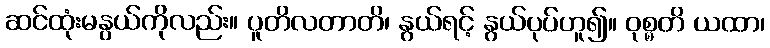
ဆင်ထုံးမနွယ်ကိုလည်း။ ပူတိလတာတိ၊ နွယ်ရင့် နွယ်ပုပ်ဟူ၍။ ဝုစ္စတိ ယထာ၊